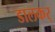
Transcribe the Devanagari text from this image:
डालकर्